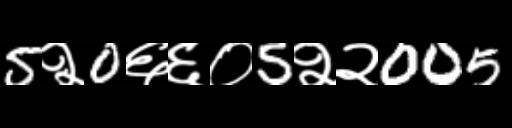
Text: 5२0६६०5२२005